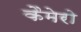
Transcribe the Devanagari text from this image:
कैमेरो